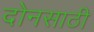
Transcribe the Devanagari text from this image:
दोनसाठी